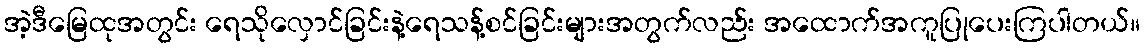
အဲ့ဒီမြေထုအတွင်း ရေသိုလှောင်ခြင်းနဲ့ရေသန့်စင်ခြင်းများအတွက်လည်း အထောက်အကူပြုပေးကြပါတယ်။